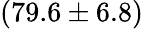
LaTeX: (79.6\pm 6.8)